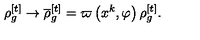
\rho _ { g } ^ { [ t ] } \rightarrow \overline { { \rho } } _ { g } ^ { [ t ] } = \varpi \left( x ^ { k } , \varphi \right) \rho _ { g } ^ { [ t ] } .